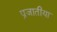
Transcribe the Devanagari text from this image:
प्रजातीया